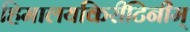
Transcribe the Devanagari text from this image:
हिमालयकिरीटिनीम्